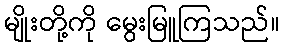
မျိုးတို့ကို မွေးမြူကြသည်။